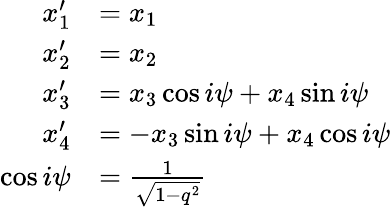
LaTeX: {\begin{array}{rl}{x_{1}^{\prime}}&{=x_{1}}\\ {x_{2}^{\prime}}&{=x_{2}}\\ {x_{3}^{\prime}}&{=x_{3}\cos i\psi+x_{4}\sin i\psi}\\ {x_{4}^{\prime}}&{=-x_{3}\sin i\psi+x_{4}\cos i\psi}\\ {\cos i\psi}&{={\frac{1}{\sqrt{1-q^{2}}}}}\end{array}}